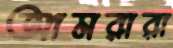
আমরারা